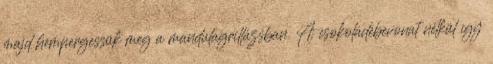
majd hempergessük meg a mandulagrillázsban. A csokoládébevonat nélkül így